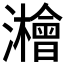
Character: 𱪈